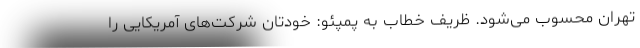
تهران محسوب می‌شود. ظریف خطاب به پمپئو: خودتان شرکت‌های آمریکایی را